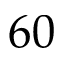
6 0